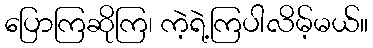
ပြောကြဆိုကြ၊ ကဲ့ရဲ့ကြပါလိမ့်မယ်။